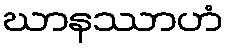
ဃာနဿာဟံ